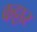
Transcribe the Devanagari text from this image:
कट्टार